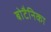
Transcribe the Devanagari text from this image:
बोटैनिका